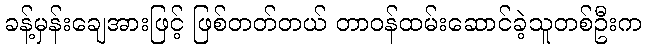
ခန့်မှန်းချေအားဖြင့် ဖြစ်တတ်တယ် တာဝန်ထမ်းဆောင်ခဲ့သူတစ်ဦးက